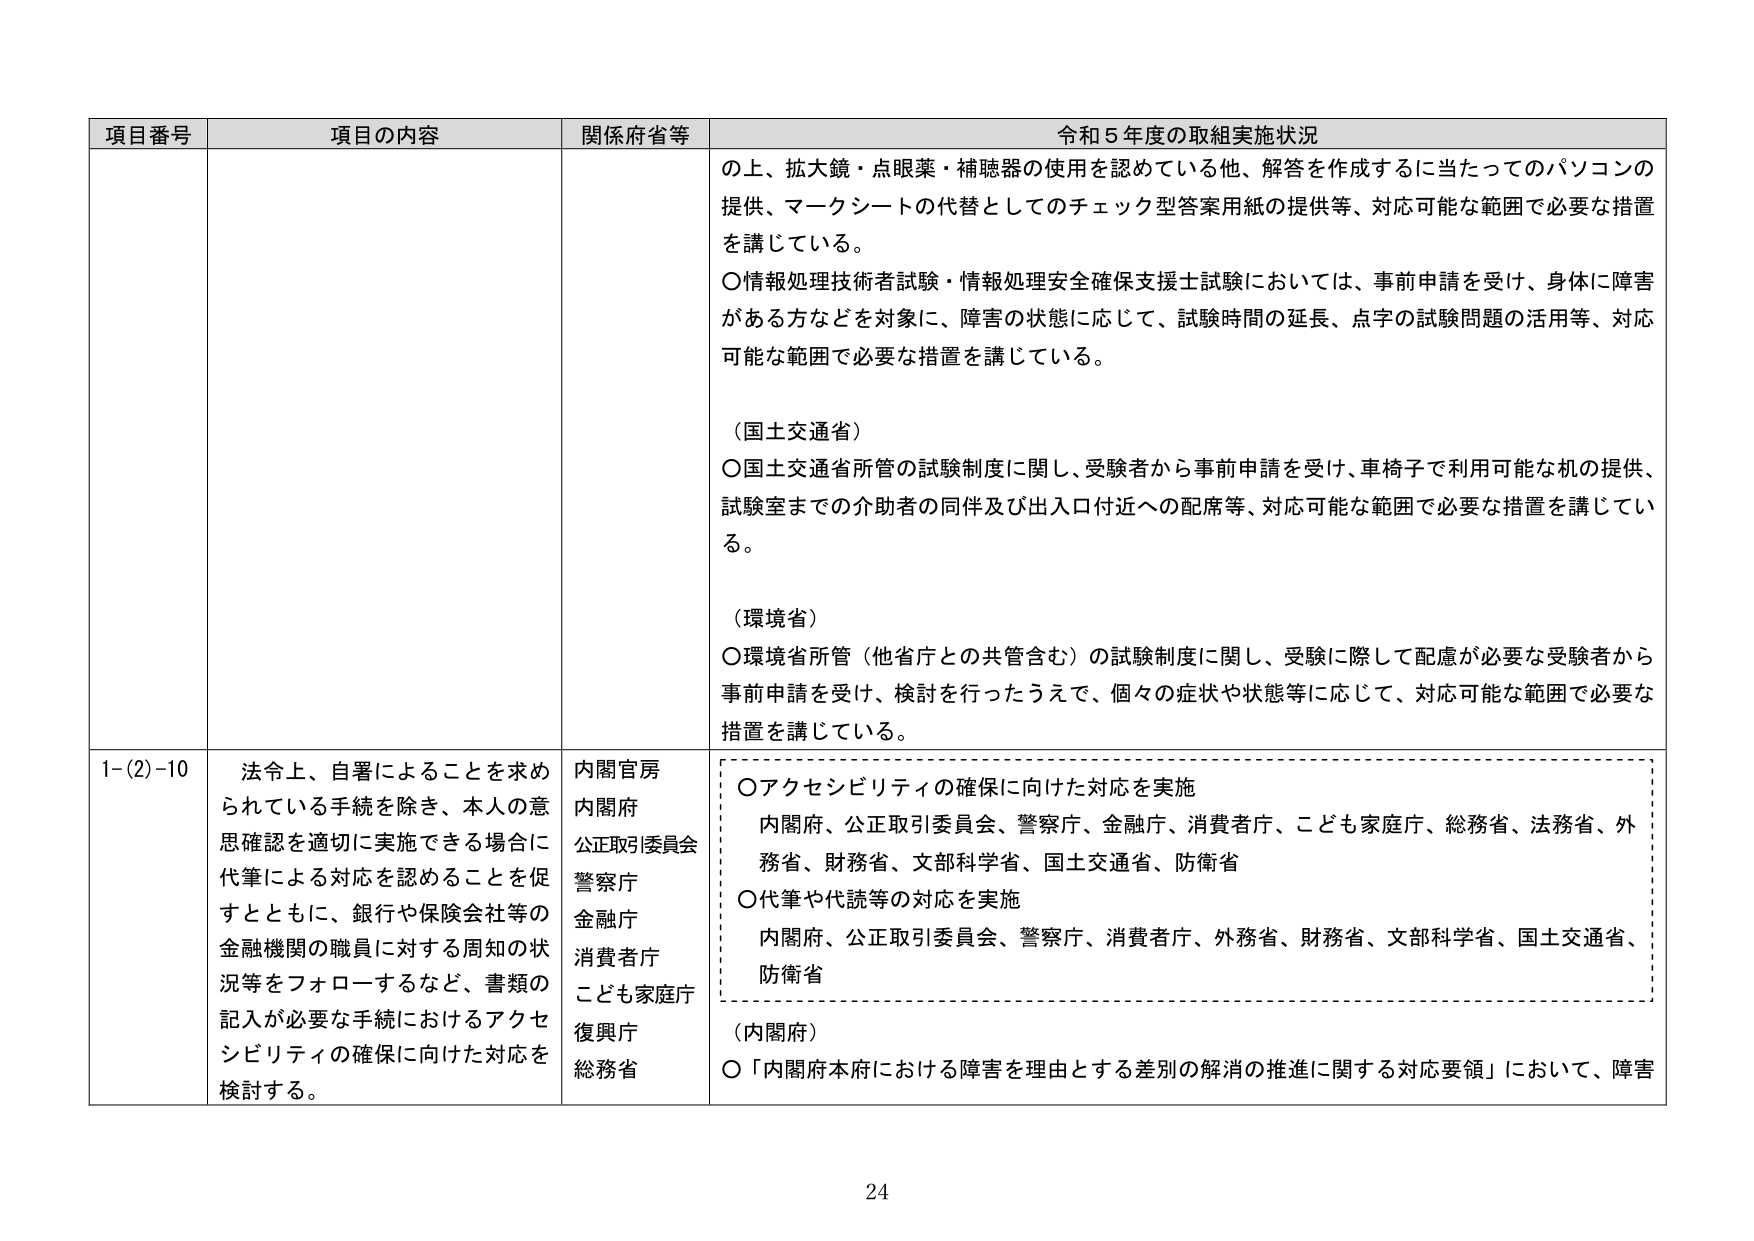
項目番号 項目の内容 関係府省等 令和５年度の取組実施状況
の上、拡大鏡・点眼薬・補聴器の使用を認めている他、解答を作成するに当たってのパソコンの
提供、マークシートの代替としてのチェック型答案用紙の提供等、対応可能な範囲で必要な措置
を講じている。
〇情報処理技術者試験・情報処理安全確保支援士試験においては、事前申請を受け、身体に障害
がある方などを対象に、障害の状態に応じて、試験時間の延長、点字の試験問題の活用等、対応
可能な範囲で必要な措置を講じている。
（国土交通省）
〇国土交通省所管の試験制度に関し、受験者から事前申請を受け、車椅子で利用可能な机の提供、
試験室までの介助者の同伴及び出入口付近への配席等、対応可能な範囲で必要な措置を講じてい
る。
（環境省）
〇環境省所管（他省庁との共管含む）の試験制度に関し、受験に際して配慮が必要な受験者から
事前申請を受け、検討を行ったうえで、個々の症状や状態等に応じて、対応可能な範囲で必要な
措置を講じている。
1-(2)-10 法令上、自署によることを求め
られている手続を除き、本人の意
思確認を適切に実施できる場合に
代筆による対応を認めることを促
すとともに、銀行や保険会社等の
金融機関の職員に対する周知の状
況等をフォローするなど、書類の
記入が必要な手続におけるアクセ
シビリティの確保に向けた対応を
検討する。
内閣官房
内閣府
公正取引委員会
警察庁
金融庁
消費者庁
こども家庭庁
復興庁
総務省
〇アクセシビリティの確保に向けた対応を実施
内閣府、公正取引委員会、警察庁、金融庁、消費者庁、こども家庭庁、総務省、法務省、外
務省、財務省、文部科学省、国土交通省、防衛省
〇代筆や代読等の対応を実施
内閣府、公正取引委員会、警察庁、消費者庁、外務省、財務省、文部科学省、国土交通省、
防衛省
（内閣府）
〇「内閣府本府における障害を理由とする差別の解消の推進に関する対応要領」において、障害
24